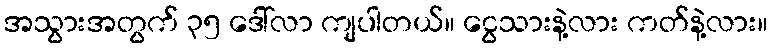
အသွားအတွက် ၃၅ ဒေါ်လာ ကျပါတယ်။ ငွေသားနဲ့လား ကတ်နဲ့လား။